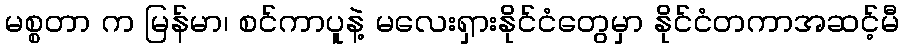
မစ္စတာ က မြန်မာ၊ စင်ကာပူနဲ့ မလေးရှားနိုင်ငံတွေမှာ နိုင်ငံတကာအဆင့်မီ